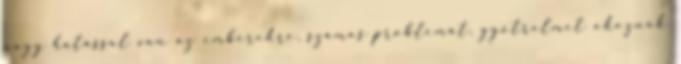
nagy hatással van az emberekre, számos problémát, gyötrelmet okoznak